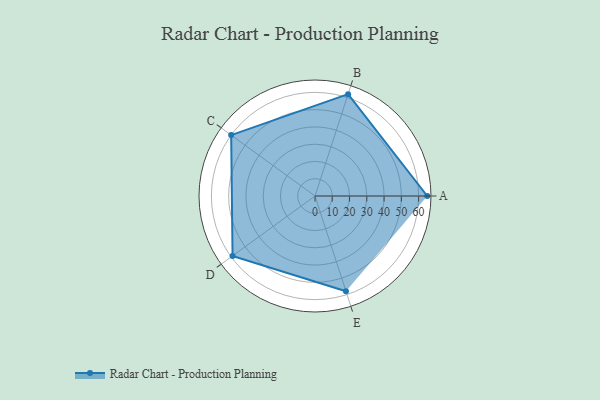
{"axis": {"x": "Skill", "y": "Score"}, "legend": ["Profile"], "data": [{"x": "A", "y": 65.0, "type": "Profile"}, {"x": "B", "y": 62.0, "type": "Profile"}, {"x": "C", "y": 60.0, "type": "Profile"}, {"x": "D", "y": 59.0, "type": "Profile"}, {"x": "E", "y": 58.0, "type": "Profile"}]}